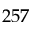
2 5 7